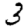
Digit: 3